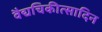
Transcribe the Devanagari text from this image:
वैद्यचिकीत्सादिन